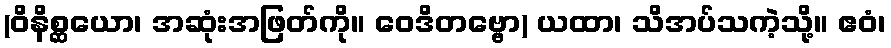
(ဝိနိစ္ဆယော၊ အဆုံးအဖြတ်ကို။ ဝေဒိတဗ္ဗော) ယထာ၊ သိအပ်သကဲ့သို့။ ဧဝံ၊